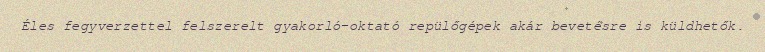
Éles fegyverzettel felszerelt gyakorló-oktató repülőgépek akár bevetésre is küldhetők.